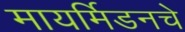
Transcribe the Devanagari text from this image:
मायर्मिडनचे